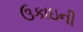
ઉકાઇની